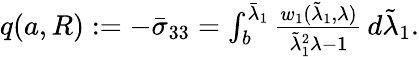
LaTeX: \begin{array}{r}{q({a},R):=-\bar{\sigma}_{33}=\int_{{b}}^{\bar{\lambda}_{1}}\frac{w_{1}(\tilde{\lambda}_{1},\lambda)}{\tilde{\lambda}_{1}^{2}\lambda-1}\, d\tilde{\lambda}_{1}.}\end{array}